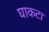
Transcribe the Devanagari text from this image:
घाकटा